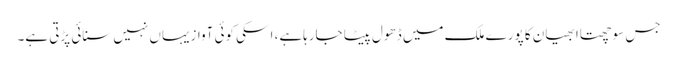
جس سوچھتاا بھیان کا پورے ملک میں ڈھول پیٹا جارہاہے، ا سکی کوئی آوازیہاں نہیں سنائی پڑتی ہے۔